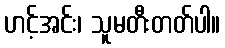
ဟင့်အင်း၊ သူမတီးတတ်ပါ။